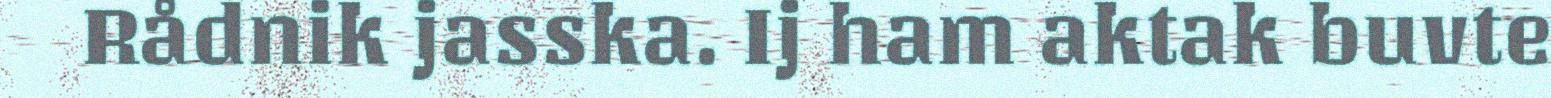
Rådnik jasska. Ij ham aktak buvte